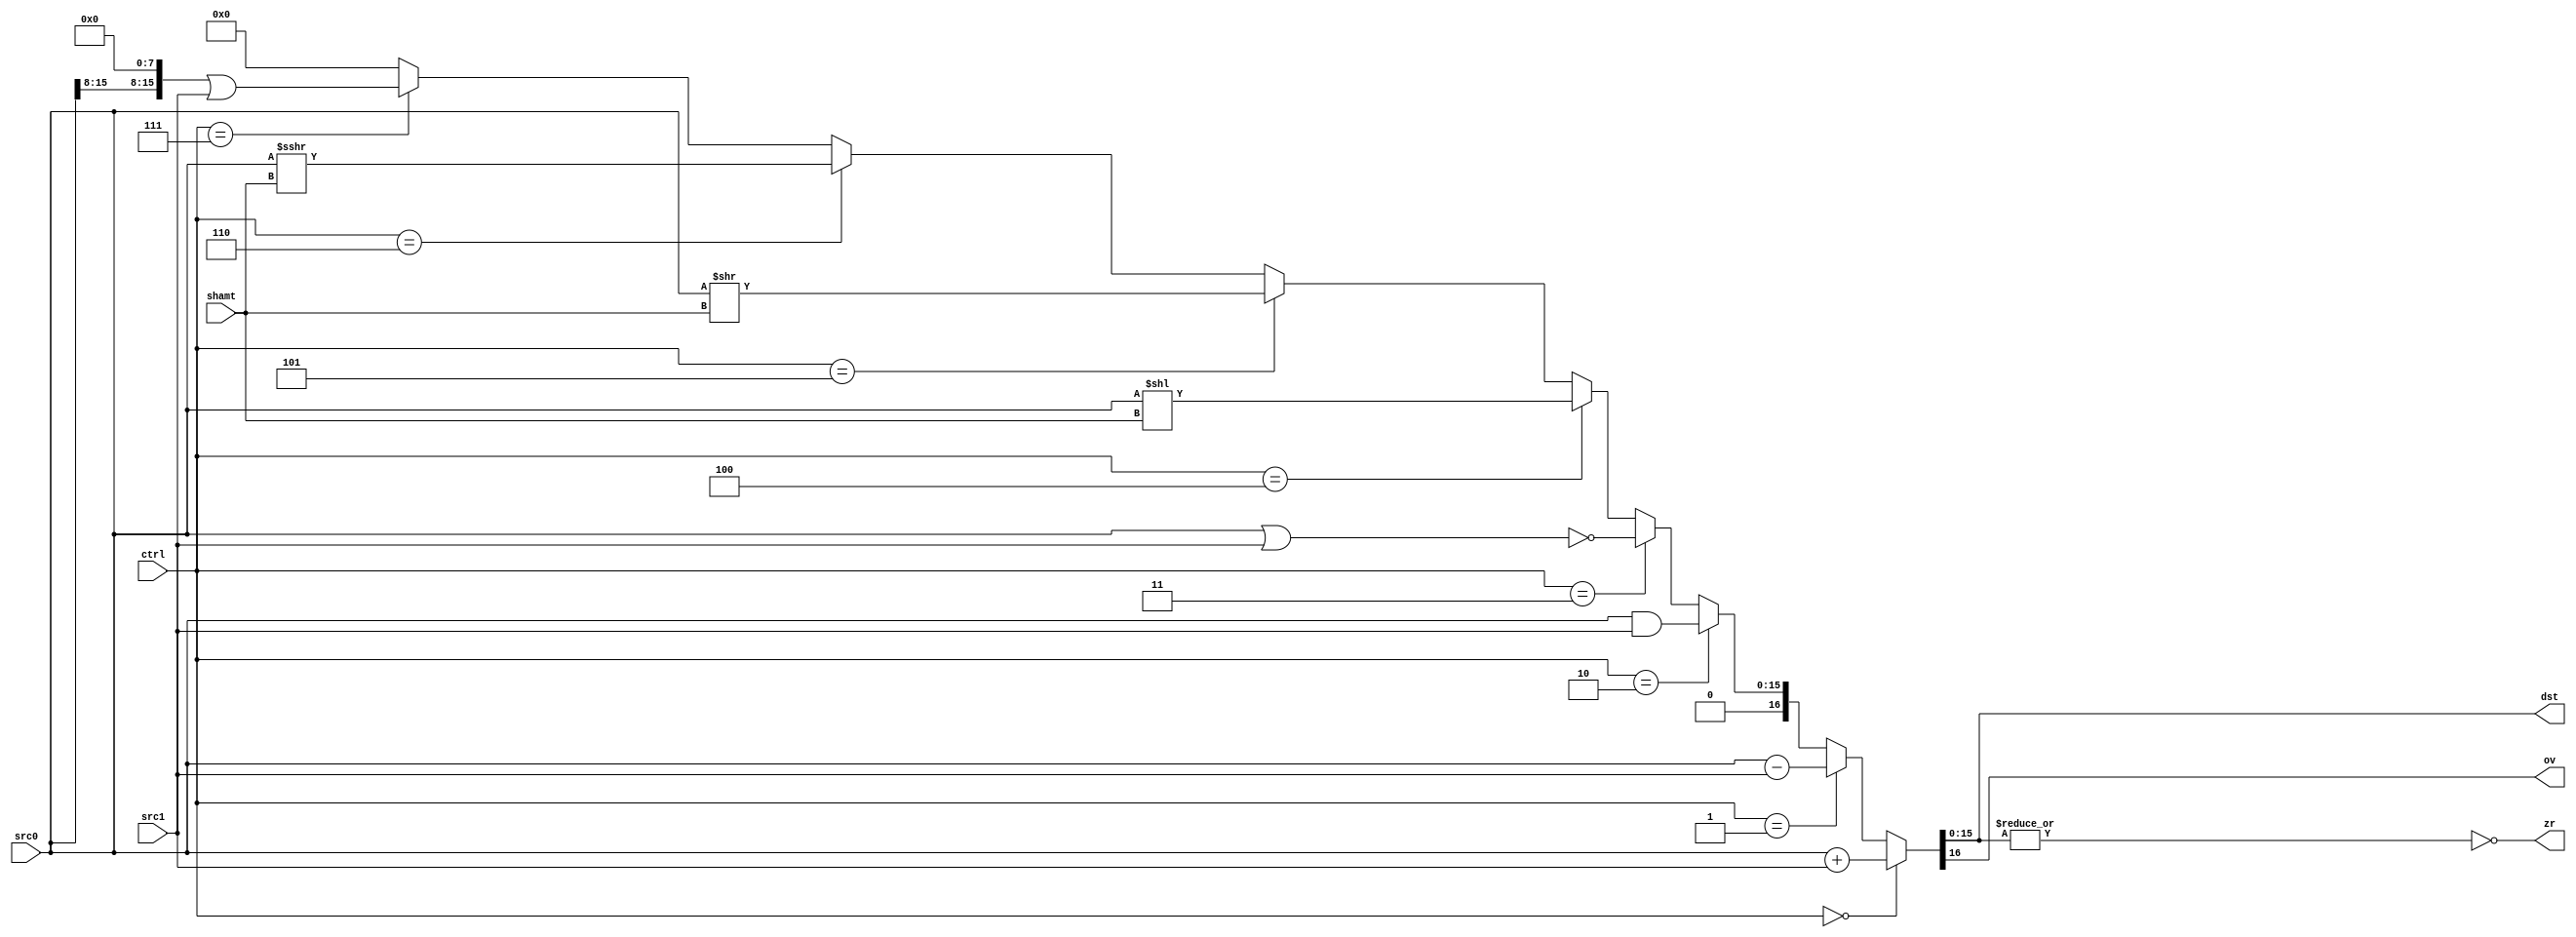
/*******************************************************************************
* ECE 552 ALU
*
* The ALU accepts 2 16 bit sources (src0, src1) and will perform the operation
* specified by the 4 bit control signal (ctrl).  It will return the result on 
* a 16 bit bus (dst) and set overflow (ov) and zero (zr) flags accordingly. When
* a shit is to be performed, src0 will be shifted by an amount specified in the
* shamt parameter.
*
* Parameters:
* src0 - input used for all operations
* src1 - input used in any two-op operations
* ctrl - the control signal specifying the operation to be performed
* shamt - the amount to shift by if a shift is being performed
* 
* Returns:
* dst - the result of the operation specified by ctrl
* ov - contains 1 on overflow, 0 otherwise
* zr - contains 1 if result is 0, 0 otherwise
*******************************************************************************/

module ALU(dst, ov, zr, src0, src1, ctrl, shamt);
	input [15:0] src0, src1;
	input [3:0] ctrl;
	input [3:0] shamt;
	output [15:0] dst;
	output ov, zr;

	// Use parameters so that the opcodes can be specified by higher
	// level modules.  
	parameter addOp = 3'b000;
	parameter subOp = 3'b001;
	parameter andOp = 3'b010;
	parameter norOp = 3'b011;
	parameter sllOp = 3'b100;
	parameter srlOp = 3'b101;
	parameter sraOp = 3'b110;
	parameter lhbOp = 3'b111;

	//signed wire to contain the right arithmatic shift value	
	wire signed [15:0] sra;
	
	// do the right arathmatic shift using the signed bus,
	// forces the MSB to behave correctly
	assign sra = src0 >>> shamt;
	
	//parallel_case
	assign 	{ov, dst} = (ctrl == addOp) ? src0 + src1 :
											(ctrl == subOp) ? src0 - src1 :
											(ctrl == andOp) ? {1'b0, src0 & src1} :
											(ctrl == norOp) ? {1'b0, ~(src0 | src1)} :
											(ctrl == sllOp) ? {1'b0, src0 << shamt} :
											(ctrl == srlOp) ? {1'b0, src0 >> shamt} :
											(ctrl == sraOp) ? {1'b0, sra} :	
											(ctrl == lhbOp) ? {1'b0, {src0[15:8], 8'd0} | src1} :
											17'd0;
	
// nor all of the bits together, will set zr to 1 only when all bits of result are 0
	assign zr = ~|dst;

endmodule